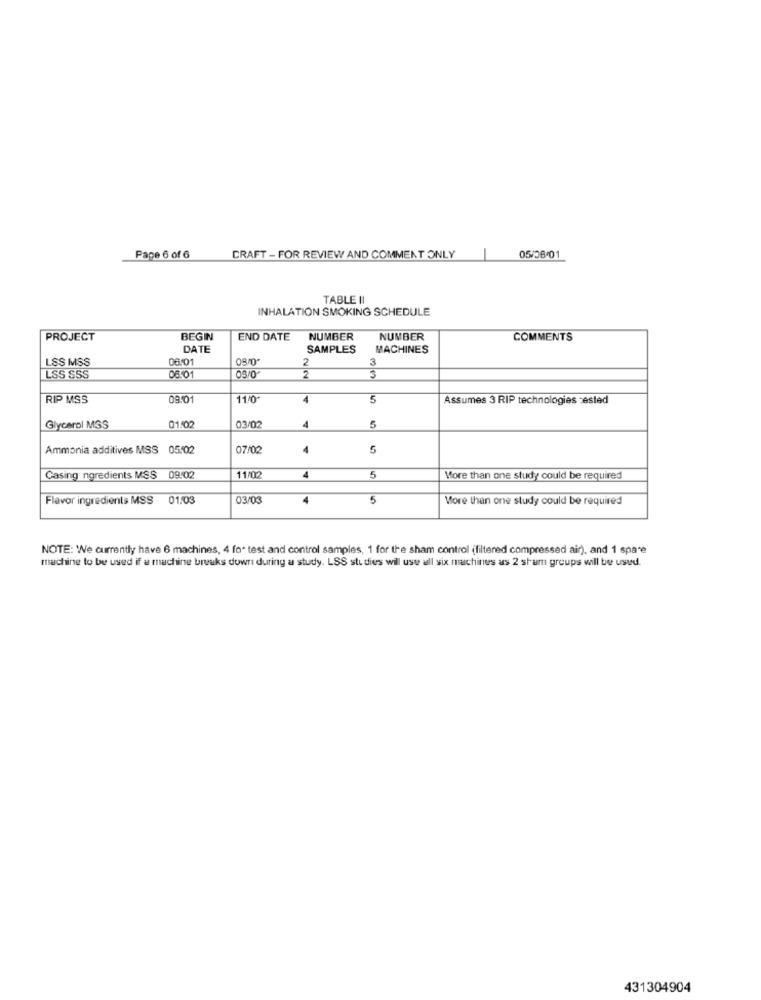
Pape 6 of 6
CRAFT - FOR REVIEW AND COMMENT ONLY
05/06/01
TABLE I
INHALATION SMOKING SCHEDULE
PROJECT
BEGIN
END DATE
NUMBER
NUMBER
COMMENTS
DATE
SAMPLES
MACHINES
LSS MSS
08/01
08/0
3
0650
2
LSS SSS
2
3
RIP MSS
09:0
11/0
4
5
Assumes 3 RIP technologies zested
03/02
Glycerol MSS
01:02
4
5
Ammonia additives MSS 05:02
07/02
4
5
4
Casing ngredients MSS 09.02
11/02
5
More than one study could be required
Flavor ingredients MSS 01:03
03/03
5
More than one study could be required
NOTE: We currently have 6 machines, 4 fo- test and control samples, 1 for the sham control (filtered compressed air), and 1 spare
machine to be used if a machine breaks down during a study. LSS studies will use all six machines as 2 shum groups will be used.
431304904